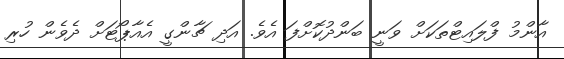
އާންމު ފްލައިޓްތަކަށް ވަނީ ބަންދުކޮށްފަ އެވެ. އަދި ޗާންގީ އެއާޕޯޓަށް ދެވެން ހުރި